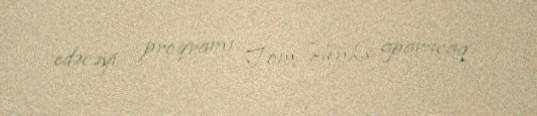
edəcəyi proqramı Tom Henks aparacaq.